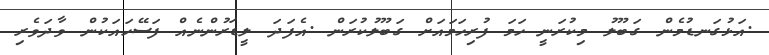
.އަޅުގަނޑުމެން ގަބޫލު މިކުރަނީ ހަމަ ފުރިހަމައަށް ގަބޫލުކުރަން .އެފަދަ ލީޑަރުންނެއް ފަސޭހައަކުން ވާދަވެރި